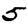
Digit: 5